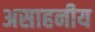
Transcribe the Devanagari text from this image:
असाहनीय